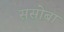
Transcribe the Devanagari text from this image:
ससोबा